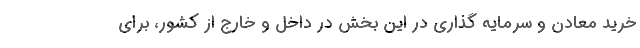
خرید معادن و سرمایه گذاری در این بخش در داخل و خارج از کشور، برای